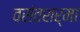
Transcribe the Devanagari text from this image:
वसंतशर्मा